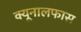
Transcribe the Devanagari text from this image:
क्यूनालफास